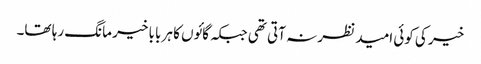
خیر کی کوئی امید نظر نہ آتی تھی جبکہ گائوں کا ہر بابا خیر مانگ رہا تھا۔